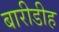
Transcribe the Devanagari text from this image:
बारीडीह